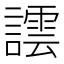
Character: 𧬞